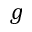
g